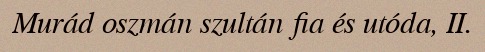
Murád oszmán szultán fia és utóda, II.